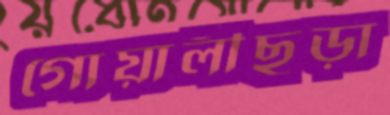
গোয়ালীছড়া